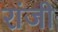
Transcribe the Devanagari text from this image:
रांजी